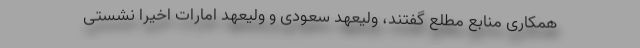
همکاری منابع مطلع گفتند، ولیعهد سعودی و ولیعهد امارات اخیرا نشستی